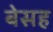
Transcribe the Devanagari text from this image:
बेसह